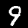
Digit: 9